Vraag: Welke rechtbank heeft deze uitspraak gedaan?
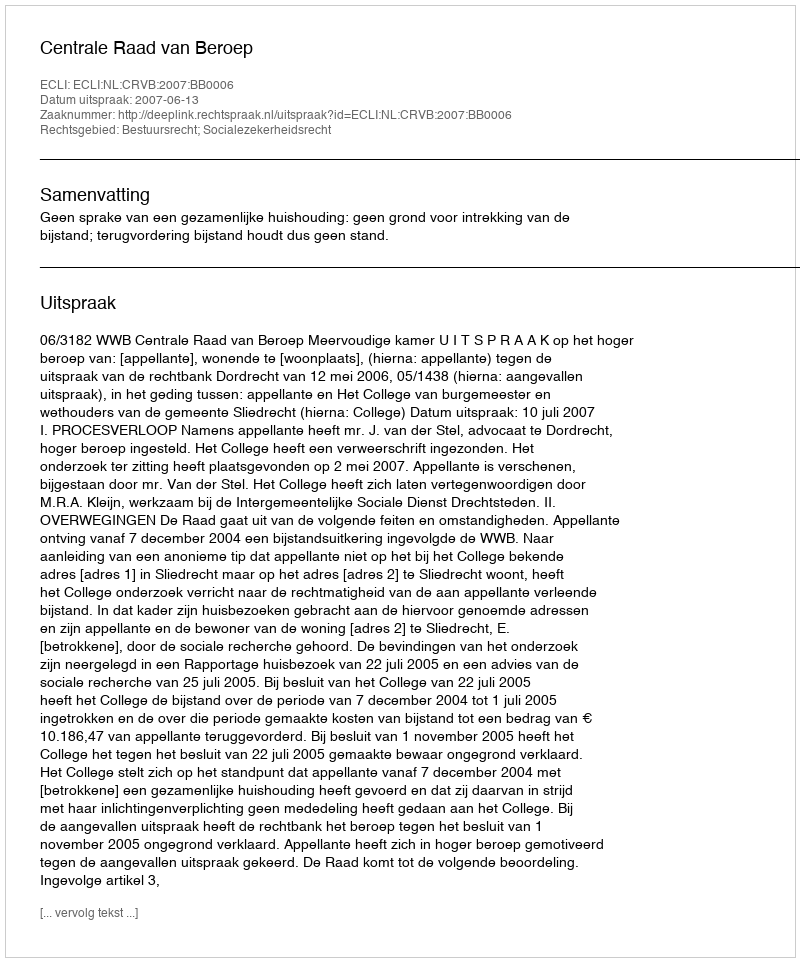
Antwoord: Centrale Raad van Beroep